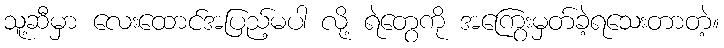
သူ့ဆီမှာ လေးထောင်အပြည့်မပါ လို့ ရဲတွေကို အကြွေးမှတ်ခဲ့ရသေးတာတဲ့။